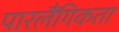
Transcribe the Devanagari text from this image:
पारलैंगिकता